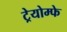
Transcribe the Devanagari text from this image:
ट्रेयोम्फे